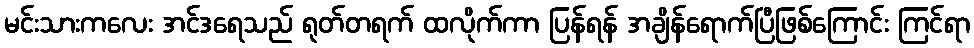
မင်းသားကလေး အင်ဒရေသည် ရုတ်တရက် ထလိုက်ကာ ပြန်ရန် အချိန်ရောက်ပြီဖြစ်ကြောင်း ကြင်ရာ